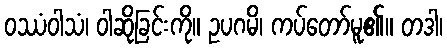
ဝဿံဝါသံ၊ ဝါဆိုခြင်းကို။ ဥပဂမိ၊ ကပ်တော်မူ၏။ တဒါ၊